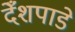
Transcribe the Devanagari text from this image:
देँशपाडे